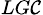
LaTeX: _{LG\mathcal{C}}